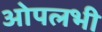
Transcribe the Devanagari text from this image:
ओपलभी